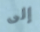
إلى